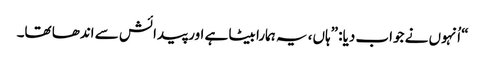
‏“‏ اُنہوں نے جواب دیا:‏ ”‏ہاں،‏ یہ ہمارا بیٹا ہے اور پیدائش سے اندھا تھا۔